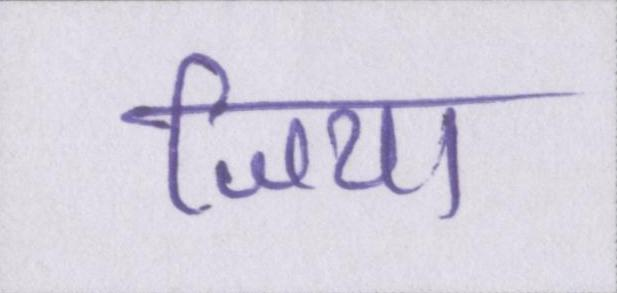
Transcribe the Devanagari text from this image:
जिया